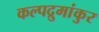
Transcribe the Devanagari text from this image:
कल्पद्रुमांकुर